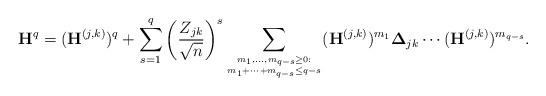
LaTeX: \begin{align*} \mathbf H^q=(\mathbf H^{(j,k)})^q+\sum_{s=1}^q \left(\frac{Z_{jk}}{\sqrt n}\right)^s\sum\limits_{m_1,\ldots,m_{q-s}\ge0:\atop m_1+\cdots+m_{q-s}\le q-s}(\mathbf H^{(j,k)})^{m_1} \mathbf \Delta_{jk}\cdots(\mathbf H^{(j,k)})^{m_{q-s}}. \end{align*}